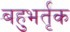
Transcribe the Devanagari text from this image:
बहुभर्तृक